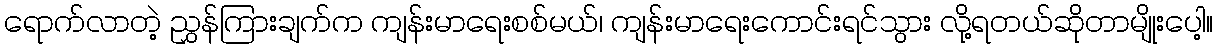
ရောက်လာတဲ့ ညွှန်ကြားချက်က ကျန်းမာရေးစစ်မယ်၊ ကျန်းမာရေးကောင်းရင်သွား လို့ရတယ်ဆိုတာမျိုးပေါ့။